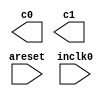
// megafunction wizard: %ALTPLL%VBB%
// GENERATION: STANDARD
// VERSION: WM1.0
// MODULE: altpll 

// ============================================================
// Megafunction Name(s):
// 			altpll
//
// Simulation Library Files(s):
// 			altera_mf
// ============================================================
// ************************************************************
// THIS IS A WIZARD-GENERATED FILE. DO NOT EDIT THIS FILE!
//
// 18.1.0 Build 625 09/12/2018 SJ Standard Edition
// ************************************************************

//Copyright (C) 2018  Intel Corporation. All rights reserved.
//Your use of Intel Corporation's design tools, logic functions 
//and other software and tools, and its AMPP partner logic 
//functions, and any output files from any of the foregoing 
//(including device programming or simulation files), and any 
//associated documentation or information are expressly subject 
//to the terms and conditions of the Intel Program License 
//Subscription Agreement, the Intel Quartus Prime License Agreement,
//the Intel FPGA IP License Agreement, or other applicable license
//agreement, including, without limitation, that your use is for
//the sole purpose of programming logic devices manufactured by
//Intel and sold by Intel or its authorized distributors.  Please
//refer to the applicable agreement for further details.

module pll0 (
	areset,
	inclk0,
	c0,
	c1);

	input	  areset;
	input	  inclk0;
	output	  c0;
	output	  c1;
`ifndef ALTERA_RESERVED_QIS
// synopsys translate_off
`endif
	tri0	  areset;
`ifndef ALTERA_RESERVED_QIS
// synopsys translate_on
`endif

endmodule

// ============================================================
// CNX file retrieval info
// ============================================================
// Retrieval info: PRIVATE: ACTIVECLK_CHECK STRING "0"
// Retrieval info: PRIVATE: BANDWIDTH STRING "1.000"
// Retrieval info: PRIVATE: BANDWIDTH_FEATURE_ENABLED STRING "1"
// Retrieval info: PRIVATE: BANDWIDTH_FREQ_UNIT STRING "MHz"
// Retrieval info: PRIVATE: BANDWIDTH_PRESET STRING "Low"
// Retrieval info: PRIVATE: BANDWIDTH_USE_AUTO STRING "1"
// Retrieval info: PRIVATE: BANDWIDTH_USE_PRESET STRING "0"
// Retrieval info: PRIVATE: CLKBAD_SWITCHOVER_CHECK STRING "0"
// Retrieval info: PRIVATE: CLKLOSS_CHECK STRING "0"
// Retrieval info: PRIVATE: CLKSWITCH_CHECK STRING "0"
// Retrieval info: PRIVATE: CNX_NO_COMPENSATE_RADIO STRING "0"
// Retrieval info: PRIVATE: CREATE_CLKBAD_CHECK STRING "0"
// Retrieval info: PRIVATE: CREATE_INCLK1_CHECK STRING "0"
// Retrieval info: PRIVATE: CUR_DEDICATED_CLK STRING "c0"
// Retrieval info: PRIVATE: CUR_FBIN_CLK STRING "c0"
// Retrieval info: PRIVATE: DEVICE_SPEED_GRADE STRING "Any"
// Retrieval info: PRIVATE: DIV_FACTOR0 NUMERIC "1"
// Retrieval info: PRIVATE: DIV_FACTOR1 NUMERIC "1"
// Retrieval info: PRIVATE: DUTY_CYCLE0 STRING "50.00000000"
// Retrieval info: PRIVATE: DUTY_CYCLE1 STRING "50.00000000"
// Retrieval info: PRIVATE: EFF_OUTPUT_FREQ_VALUE0 STRING "24.000000"
// Retrieval info: PRIVATE: EFF_OUTPUT_FREQ_VALUE1 STRING "75.000000"
// Retrieval info: PRIVATE: EXPLICIT_SWITCHOVER_COUNTER STRING "0"
// Retrieval info: PRIVATE: EXT_FEEDBACK_RADIO STRING "0"
// Retrieval info: PRIVATE: GLOCKED_COUNTER_EDIT_CHANGED STRING "1"
// Retrieval info: PRIVATE: GLOCKED_FEATURE_ENABLED STRING "0"
// Retrieval info: PRIVATE: GLOCKED_MODE_CHECK STRING "0"
// Retrieval info: PRIVATE: GLOCK_COUNTER_EDIT NUMERIC "1048575"
// Retrieval info: PRIVATE: HAS_MANUAL_SWITCHOVER STRING "1"
// Retrieval info: PRIVATE: INCLK0_FREQ_EDIT STRING "50.000"
// Retrieval info: PRIVATE: INCLK0_FREQ_UNIT_COMBO STRING "MHz"
// Retrieval info: PRIVATE: INCLK1_FREQ_EDIT STRING "100.000"
// Retrieval info: PRIVATE: INCLK1_FREQ_EDIT_CHANGED STRING "1"
// Retrieval info: PRIVATE: INCLK1_FREQ_UNIT_CHANGED STRING "1"
// Retrieval info: PRIVATE: INCLK1_FREQ_UNIT_COMBO STRING "MHz"
// Retrieval info: PRIVATE: INTENDED_DEVICE_FAMILY STRING "Cyclone IV E"
// Retrieval info: PRIVATE: INT_FEEDBACK__MODE_RADIO STRING "1"
// Retrieval info: PRIVATE: LOCKED_OUTPUT_CHECK STRING "0"
// Retrieval info: PRIVATE: LONG_SCAN_RADIO STRING "1"
// Retrieval info: PRIVATE: LVDS_MODE_DATA_RATE STRING "Not Available"
// Retrieval info: PRIVATE: LVDS_MODE_DATA_RATE_DIRTY NUMERIC "0"
// Retrieval info: PRIVATE: LVDS_PHASE_SHIFT_UNIT0 STRING "deg"
// Retrieval info: PRIVATE: LVDS_PHASE_SHIFT_UNIT1 STRING "ps"
// Retrieval info: PRIVATE: MIG_DEVICE_SPEED_GRADE STRING "Any"
// Retrieval info: PRIVATE: MIRROR_CLK0 STRING "0"
// Retrieval info: PRIVATE: MIRROR_CLK1 STRING "0"
// Retrieval info: PRIVATE: MULT_FACTOR0 NUMERIC "1"
// Retrieval info: PRIVATE: MULT_FACTOR1 NUMERIC "1"
// Retrieval info: PRIVATE: NORMAL_MODE_RADIO STRING "1"
// Retrieval info: PRIVATE: OUTPUT_FREQ0 STRING "24.00000000"
// Retrieval info: PRIVATE: OUTPUT_FREQ1 STRING "75.00000000"
// Retrieval info: PRIVATE: OUTPUT_FREQ_MODE0 STRING "1"
// Retrieval info: PRIVATE: OUTPUT_FREQ_MODE1 STRING "1"
// Retrieval info: PRIVATE: OUTPUT_FREQ_UNIT0 STRING "MHz"
// Retrieval info: PRIVATE: OUTPUT_FREQ_UNIT1 STRING "MHz"
// Retrieval info: PRIVATE: PHASE_RECONFIG_FEATURE_ENABLED STRING "1"
// Retrieval info: PRIVATE: PHASE_RECONFIG_INPUTS_CHECK STRING "0"
// Retrieval info: PRIVATE: PHASE_SHIFT0 STRING "0.00000000"
// Retrieval info: PRIVATE: PHASE_SHIFT1 STRING "0.00000000"
// Retrieval info: PRIVATE: PHASE_SHIFT_STEP_ENABLED_CHECK STRING "0"
// Retrieval info: PRIVATE: PHASE_SHIFT_UNIT0 STRING "deg"
// Retrieval info: PRIVATE: PHASE_SHIFT_UNIT1 STRING "ps"
// Retrieval info: PRIVATE: PLL_ADVANCED_PARAM_CHECK STRING "0"
// Retrieval info: PRIVATE: PLL_ARESET_CHECK STRING "1"
// Retrieval info: PRIVATE: PLL_AUTOPLL_CHECK NUMERIC "1"
// Retrieval info: PRIVATE: PLL_ENHPLL_CHECK NUMERIC "0"
// Retrieval info: PRIVATE: PLL_FASTPLL_CHECK NUMERIC "0"
// Retrieval info: PRIVATE: PLL_FBMIMIC_CHECK STRING "0"
// Retrieval info: PRIVATE: PLL_LVDS_PLL_CHECK NUMERIC "0"
// Retrieval info: PRIVATE: PLL_PFDENA_CHECK STRING "0"
// Retrieval info: PRIVATE: PLL_TARGET_HARCOPY_CHECK NUMERIC "0"
// Retrieval info: PRIVATE: PRIMARY_CLK_COMBO STRING "inclk0"
// Retrieval info: PRIVATE: RECONFIG_FILE STRING "pll0.mif"
// Retrieval info: PRIVATE: SACN_INPUTS_CHECK STRING "0"
// Retrieval info: PRIVATE: SCAN_FEATURE_ENABLED STRING "1"
// Retrieval info: PRIVATE: SELF_RESET_LOCK_LOSS STRING "0"
// Retrieval info: PRIVATE: SHORT_SCAN_RADIO STRING "0"
// Retrieval info: PRIVATE: SPREAD_FEATURE_ENABLED STRING "0"
// Retrieval info: PRIVATE: SPREAD_FREQ STRING "50.000"
// Retrieval info: PRIVATE: SPREAD_FREQ_UNIT STRING "KHz"
// Retrieval info: PRIVATE: SPREAD_PERCENT STRING "0.500"
// Retrieval info: PRIVATE: SPREAD_USE STRING "0"
// Retrieval info: PRIVATE: SRC_SYNCH_COMP_RADIO STRING "0"
// Retrieval info: PRIVATE: STICKY_CLK0 STRING "1"
// Retrieval info: PRIVATE: STICKY_CLK1 STRING "1"
// Retrieval info: PRIVATE: SWITCHOVER_COUNT_EDIT NUMERIC "1"
// Retrieval info: PRIVATE: SWITCHOVER_FEATURE_ENABLED STRING "1"
// Retrieval info: PRIVATE: SYNTH_WRAPPER_GEN_POSTFIX STRING "0"
// Retrieval info: PRIVATE: USE_CLK0 STRING "1"
// Retrieval info: PRIVATE: USE_CLK1 STRING "1"
// Retrieval info: PRIVATE: USE_CLKENA0 STRING "0"
// Retrieval info: PRIVATE: USE_CLKENA1 STRING "0"
// Retrieval info: PRIVATE: USE_MIL_SPEED_GRADE NUMERIC "0"
// Retrieval info: PRIVATE: ZERO_DELAY_RADIO STRING "0"
// Retrieval info: LIBRARY: altera_mf altera_mf.altera_mf_components.all
// Retrieval info: CONSTANT: BANDWIDTH_TYPE STRING "AUTO"
// Retrieval info: CONSTANT: CLK0_DIVIDE_BY NUMERIC "25"
// Retrieval info: CONSTANT: CLK0_DUTY_CYCLE NUMERIC "50"
// Retrieval info: CONSTANT: CLK0_MULTIPLY_BY NUMERIC "12"
// Retrieval info: CONSTANT: CLK0_PHASE_SHIFT STRING "0"
// Retrieval info: CONSTANT: CLK1_DIVIDE_BY NUMERIC "2"
// Retrieval info: CONSTANT: CLK1_DUTY_CYCLE NUMERIC "50"
// Retrieval info: CONSTANT: CLK1_MULTIPLY_BY NUMERIC "3"
// Retrieval info: CONSTANT: CLK1_PHASE_SHIFT STRING "0"
// Retrieval info: CONSTANT: COMPENSATE_CLOCK STRING "CLK0"
// Retrieval info: CONSTANT: INCLK0_INPUT_FREQUENCY NUMERIC "20000"
// Retrieval info: CONSTANT: INTENDED_DEVICE_FAMILY STRING "Cyclone IV E"
// Retrieval info: CONSTANT: LPM_TYPE STRING "altpll"
// Retrieval info: CONSTANT: OPERATION_MODE STRING "NORMAL"
// Retrieval info: CONSTANT: PLL_TYPE STRING "AUTO"
// Retrieval info: CONSTANT: PORT_ACTIVECLOCK STRING "PORT_UNUSED"
// Retrieval info: CONSTANT: PORT_ARESET STRING "PORT_USED"
// Retrieval info: CONSTANT: PORT_CLKBAD0 STRING "PORT_UNUSED"
// Retrieval info: CONSTANT: PORT_CLKBAD1 STRING "PORT_UNUSED"
// Retrieval info: CONSTANT: PORT_CLKLOSS STRING "PORT_UNUSED"
// Retrieval info: CONSTANT: PORT_CLKSWITCH STRING "PORT_UNUSED"
// Retrieval info: CONSTANT: PORT_CONFIGUPDATE STRING "PORT_UNUSED"
// Retrieval info: CONSTANT: PORT_FBIN STRING "PORT_UNUSED"
// Retrieval info: CONSTANT: PORT_INCLK0 STRING "PORT_USED"
// Retrieval info: CONSTANT: PORT_INCLK1 STRING "PORT_UNUSED"
// Retrieval info: CONSTANT: PORT_LOCKED STRING "PORT_UNUSED"
// Retrieval info: CONSTANT: PORT_PFDENA STRING "PORT_UNUSED"
// Retrieval info: CONSTANT: PORT_PHASECOUNTERSELECT STRING "PORT_UNUSED"
// Retrieval info: CONSTANT: PORT_PHASEDONE STRING "PORT_UNUSED"
// Retrieval info: CONSTANT: PORT_PHASESTEP STRING "PORT_UNUSED"
// Retrieval info: CONSTANT: PORT_PHASEUPDOWN STRING "PORT_UNUSED"
// Retrieval info: CONSTANT: PORT_PLLENA STRING "PORT_UNUSED"
// Retrieval info: CONSTANT: PORT_SCANACLR STRING "PORT_UNUSED"
// Retrieval info: CONSTANT: PORT_SCANCLK STRING "PORT_UNUSED"
// Retrieval info: CONSTANT: PORT_SCANCLKENA STRING "PORT_UNUSED"
// Retrieval info: CONSTANT: PORT_SCANDATA STRING "PORT_UNUSED"
// Retrieval info: CONSTANT: PORT_SCANDATAOUT STRING "PORT_UNUSED"
// Retrieval info: CONSTANT: PORT_SCANDONE STRING "PORT_UNUSED"
// Retrieval info: CONSTANT: PORT_SCANREAD STRING "PORT_UNUSED"
// Retrieval info: CONSTANT: PORT_SCANWRITE STRING "PORT_UNUSED"
// Retrieval info: CONSTANT: PORT_clk0 STRING "PORT_USED"
// Retrieval info: CONSTANT: PORT_clk1 STRING "PORT_USED"
// Retrieval info: CONSTANT: PORT_clk2 STRING "PORT_UNUSED"
// Retrieval info: CONSTANT: PORT_clk3 STRING "PORT_UNUSED"
// Retrieval info: CONSTANT: PORT_clk4 STRING "PORT_UNUSED"
// Retrieval info: CONSTANT: PORT_clk5 STRING "PORT_UNUSED"
// Retrieval info: CONSTANT: PORT_clkena0 STRING "PORT_UNUSED"
// Retrieval info: CONSTANT: PORT_clkena1 STRING "PORT_UNUSED"
// Retrieval info: CONSTANT: PORT_clkena2 STRING "PORT_UNUSED"
// Retrieval info: CONSTANT: PORT_clkena3 STRING "PORT_UNUSED"
// Retrieval info: CONSTANT: PORT_clkena4 STRING "PORT_UNUSED"
// Retrieval info: CONSTANT: PORT_clkena5 STRING "PORT_UNUSED"
// Retrieval info: CONSTANT: PORT_extclk0 STRING "PORT_UNUSED"
// Retrieval info: CONSTANT: PORT_extclk1 STRING "PORT_UNUSED"
// Retrieval info: CONSTANT: PORT_extclk2 STRING "PORT_UNUSED"
// Retrieval info: CONSTANT: PORT_extclk3 STRING "PORT_UNUSED"
// Retrieval info: CONSTANT: WIDTH_CLOCK NUMERIC "5"
// Retrieval info: USED_PORT: @clk 0 0 5 0 OUTPUT_CLK_EXT VCC "@clk[4..0]"
// Retrieval info: USED_PORT: areset 0 0 0 0 INPUT GND "areset"
// Retrieval info: USED_PORT: c0 0 0 0 0 OUTPUT_CLK_EXT VCC "c0"
// Retrieval info: USED_PORT: c1 0 0 0 0 OUTPUT_CLK_EXT VCC "c1"
// Retrieval info: USED_PORT: inclk0 0 0 0 0 INPUT_CLK_EXT GND "inclk0"
// Retrieval info: CONNECT: @areset 0 0 0 0 areset 0 0 0 0
// Retrieval info: CONNECT: @inclk 0 0 1 1 GND 0 0 0 0
// Retrieval info: CONNECT: @inclk 0 0 1 0 inclk0 0 0 0 0
// Retrieval info: CONNECT: c0 0 0 0 0 @clk 0 0 1 0
// Retrieval info: CONNECT: c1 0 0 0 0 @clk 0 0 1 1
// Retrieval info: GEN_FILE: TYPE_NORMAL pll0.v TRUE
// Retrieval info: GEN_FILE: TYPE_NORMAL pll0.ppf TRUE
// Retrieval info: GEN_FILE: TYPE_NORMAL pll0.inc FALSE
// Retrieval info: GEN_FILE: TYPE_NORMAL pll0.cmp FALSE
// Retrieval info: GEN_FILE: TYPE_NORMAL pll0.bsf FALSE
// Retrieval info: GEN_FILE: TYPE_NORMAL pll0_inst.v TRUE
// Retrieval info: GEN_FILE: TYPE_NORMAL pll0_bb.v TRUE
// Retrieval info: LIB_FILE: altera_mf
// Retrieval info: CBX_MODULE_PREFIX: ON